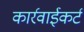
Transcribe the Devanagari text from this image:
कार्रवाईकर्ट